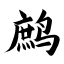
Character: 鹧